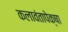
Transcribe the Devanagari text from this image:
कलावंतापेक्षा